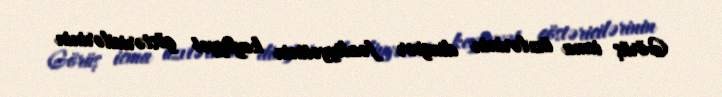
Görüş icma üzvlərinin diaspor fəaliyyətinin keyfiyyət göstəricilərinin